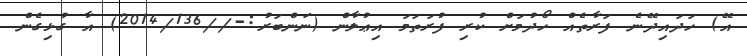
އޭ) ހަދައިދޭނެ ފަރާތެއް ހޯދުމަށް ކުރި ފުރަތަމަ އިޢުލާން (ނަންބަރު:-//2014/136) އާ ގުޅިގެން